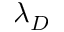
\lambda _ { D }